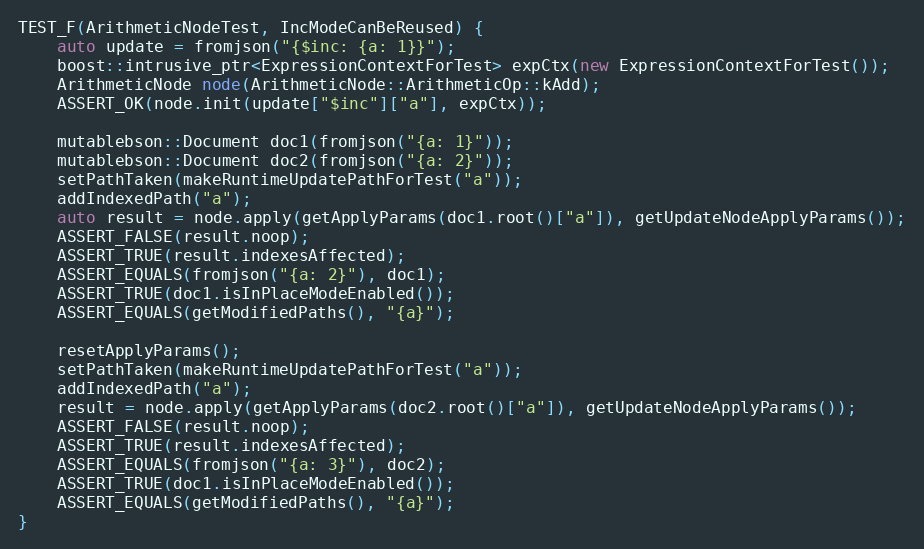
Language: C++
TEST_F(ArithmeticNodeTest, IncModeCanBeReused) {
    auto update = fromjson("{$inc: {a: 1}}");
    boost::intrusive_ptr<ExpressionContextForTest> expCtx(new ExpressionContextForTest());
    ArithmeticNode node(ArithmeticNode::ArithmeticOp::kAdd);
    ASSERT_OK(node.init(update["$inc"]["a"], expCtx));

    mutablebson::Document doc1(fromjson("{a: 1}"));
    mutablebson::Document doc2(fromjson("{a: 2}"));
    setPathTaken(makeRuntimeUpdatePathForTest("a"));
    addIndexedPath("a");
    auto result = node.apply(getApplyParams(doc1.root()["a"]), getUpdateNodeApplyParams());
    ASSERT_FALSE(result.noop);
    ASSERT_TRUE(result.indexesAffected);
    ASSERT_EQUALS(fromjson("{a: 2}"), doc1);
    ASSERT_TRUE(doc1.isInPlaceModeEnabled());
    ASSERT_EQUALS(getModifiedPaths(), "{a}");

    resetApplyParams();
    setPathTaken(makeRuntimeUpdatePathForTest("a"));
    addIndexedPath("a");
    result = node.apply(getApplyParams(doc2.root()["a"]), getUpdateNodeApplyParams());
    ASSERT_FALSE(result.noop);
    ASSERT_TRUE(result.indexesAffected);
    ASSERT_EQUALS(fromjson("{a: 3}"), doc2);
    ASSERT_TRUE(doc1.isInPlaceModeEnabled());
    ASSERT_EQUALS(getModifiedPaths(), "{a}");
}